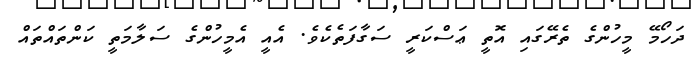
ދަހޯމޭ މީހުންގެ ތެރޭގައި އޮތީ ޢަސްކަރީ ސަގާފަތެކެވެ. އެއީ އެމީހުންގެ ސަލާމަތީ ކަންތައްތައް